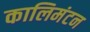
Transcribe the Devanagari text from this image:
कालिमंटन